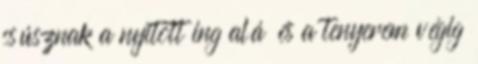
csúsznak a nyitott ing alá és a tenyerem végig